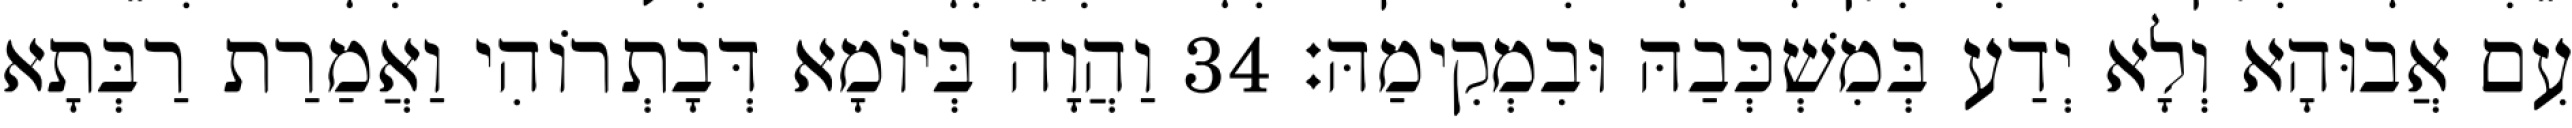
עִם אֲבוּהָא וְלָא יְדַע בְּמִשְׁכְּבַהּ וּבִמְקִימַהּ׃ 34 וַהֲוָה בְּיוֹמָא דְּבָתְרוֹהִי וַאֲמַרַת רַבְּתָא